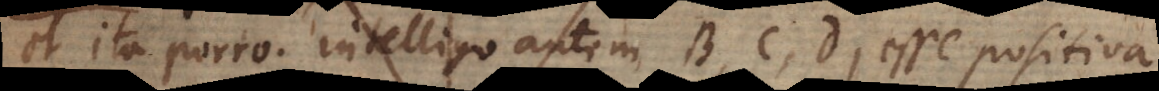
et ita porro. Intelligo autem B, C, D esse positiva.